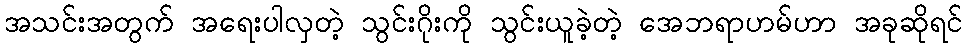
အသင်းအတွက် အရေးပါလှတဲ့ သွင်းဂိုးကို သွင်းယူခဲ့တဲ့ အေဘရာဟမ်ဟာ အခုဆိုရင်